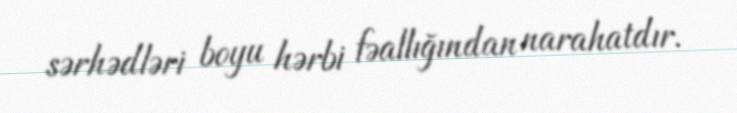
sərhədləri boyu hərbi fəallığından narahatdır.